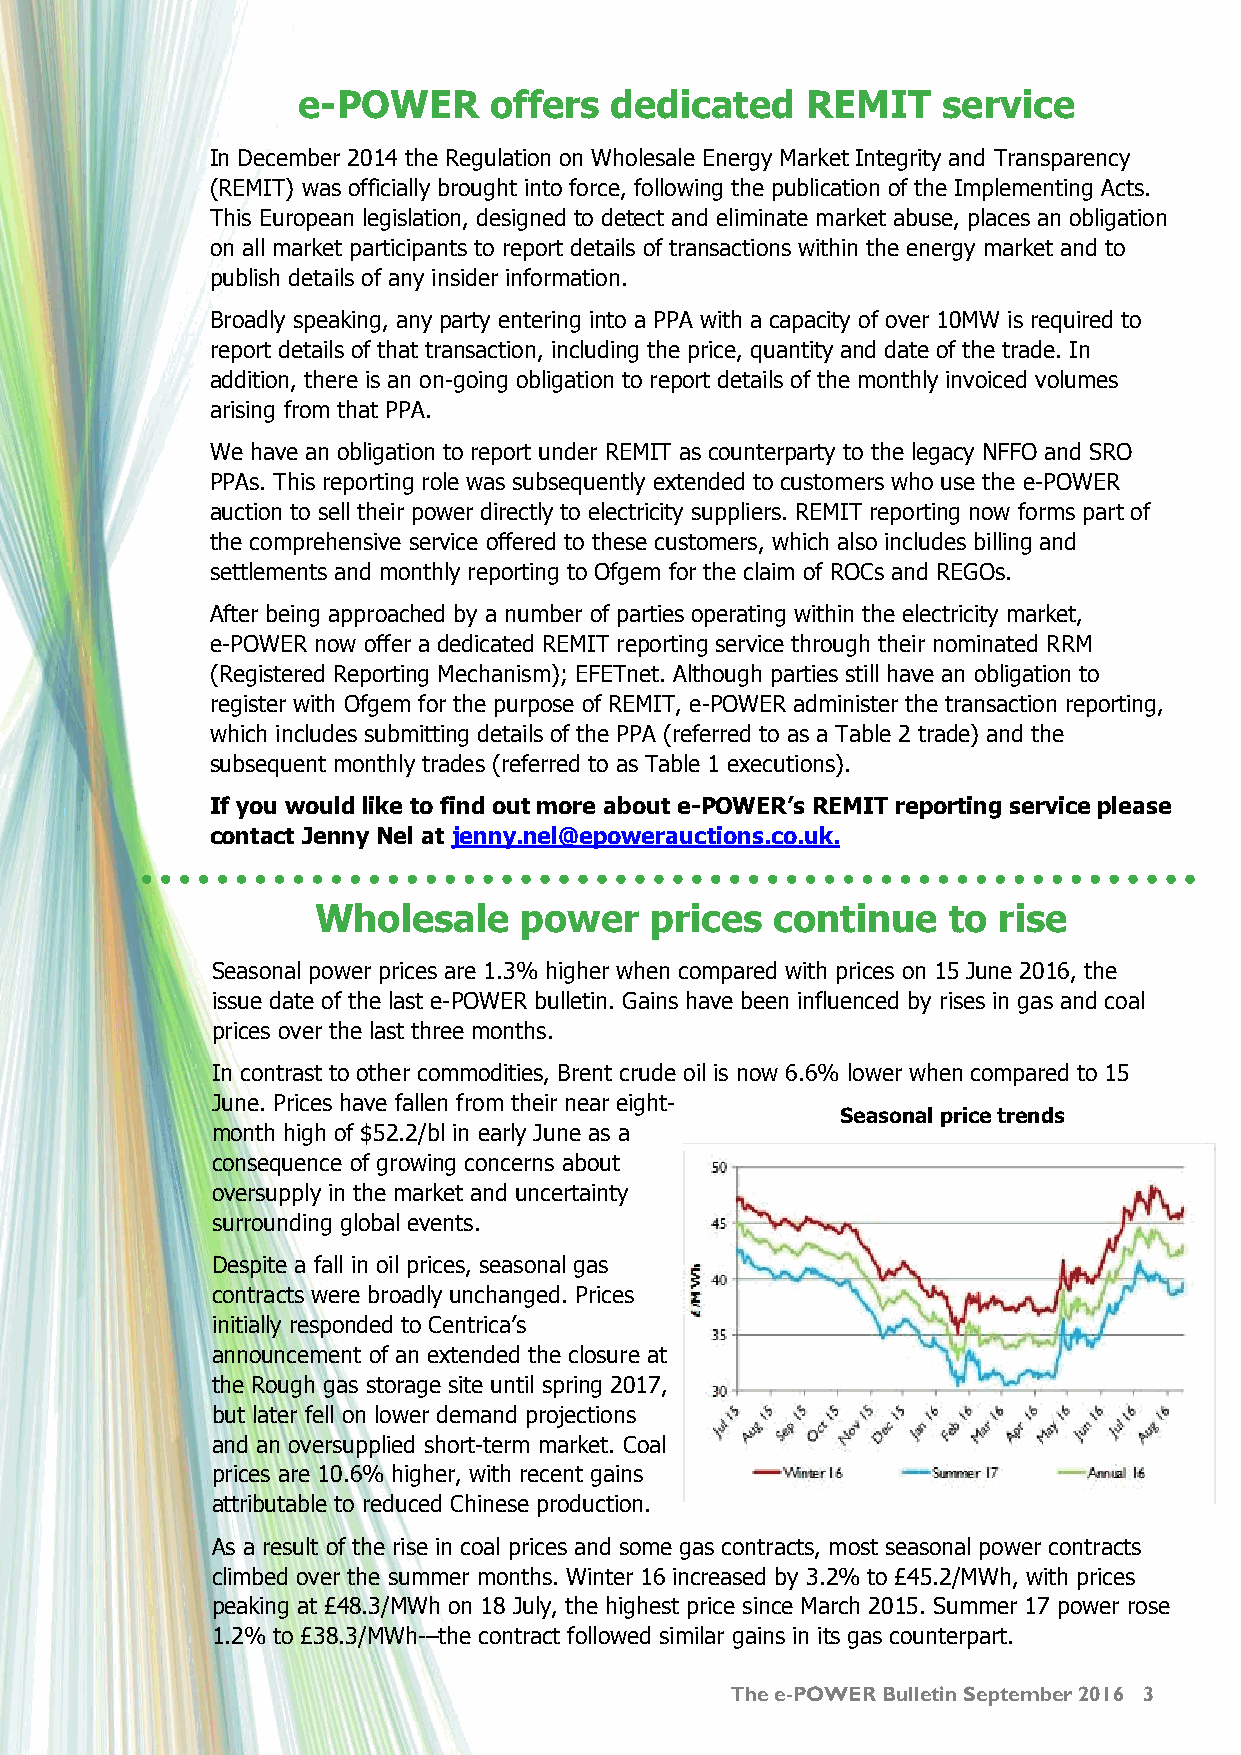
e-POWER     offers  dedicated    REMIT    service
 In December 2014 the Regulation on Wholesale Energy Market Integrity and Transparency
 (REMIT) was officially brought into force, following the publication of the Implementing Acts.
 This European legislation, designed to detect and eliminate market abuse, places an obligation
 on all market participants to report details of transactions within the energy market and to
 publish details of any insider information.
 Broadly speaking, any party entering into a PPA with a capacity of over 10MW is required to
 report details of that transaction, including the price, quantity and date of the trade. In
 addition, there is an on-going obligation to report details of the monthly invoiced volumes
 arising from that PPA.
 We have an obligation to report under REMIT as counterparty to the legacy NFFO and SRO
 PPAs. This reporting role was subsequently extended to customers who use the e-POWER
 auction to sell their power directly to electricity suppliers. REMIT reporting now forms part of
 the comprehensive service offered to these customers, which also includes billing and
 settlements and monthly reporting to Ofgem for the claim of ROCs and REGOs.
 After being approached by a number of parties operating within the electricity market,
 e-POWER now offer a dedicated REMIT reporting service through their nominated RRM
 (Registered Reporting Mechanism); EFETnet. Although parties still have an obligation to
 register with Ofgem for the purpose of REMIT, e-POWER administer the transaction reporting,
 which includes submitting details of the PPA (referred to as a Table 2 trade) and the
 subsequent monthly trades (referred to as Table 1 executions).
 If you would like to find out more about e-POWER’s REMIT reporting service please
 contact Jenny Nel at jenny.nel@epowerauctions.co.uk.
 Wholesale    power    prices  continue    to rise
 Seasonal power prices are 1.3% higher when compared with prices on 15 June 2016, the
 issue date of the last e-POWER bulletin. Gains have been influenced by rises in gas and coal
 prices over the last three months.
 In contrast to other commodities, Brent crude oil is now 6.6% lower when compared to 15
 June. Prices have fallen from their near eight-
 Seasonal price trends
 month high of $52.2/bl in early June as a
 consequence of growing concerns about
 oversupply in the market and uncertainty
 surrounding global events.
 Despite a fall in oil prices, seasonal gas
 contracts were broadly unchanged. Prices
 initially responded to Centrica’s
 announcement of an extended the closure at
 the Rough gas storage site until spring 2017,
 but later fell on lower demand projections
 and an oversupplied short-term market. Coal
 prices are 10.6% higher, with recent gains
 attributable to reduced Chinese production.
 As a result of the rise in coal prices and some gas contracts, most seasonal power contracts
 climbed over the summer months. Winter 16 increased by 3.2% to £45.2/MWh, with prices
 peaking at £48.3/MWh on 18 July, the highest price since March 2015. Summer 17 power rose
 1.2% to £38.3/MWh-–the contract followed similar gains in its gas counterpart.
 The e-POWER Bulletin September 2016 3